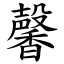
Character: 馨